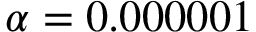
\alpha = 0 . 0 0 0 0 0 1